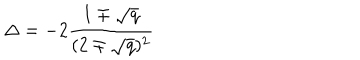
\Delta = - 2 { \frac { 1 \mp \sqrt { q } } { ( 2 \mp \sqrt { q } ) ^ { 2 } } }